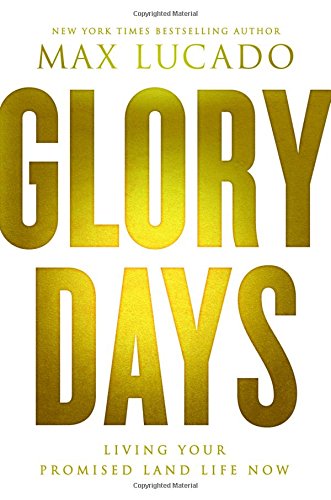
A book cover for Glory Days: Living Your Promised Land Life Now; Max Lucado; Christian Books & Bibles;